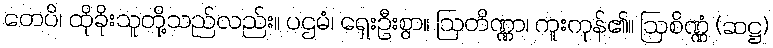
တေပိ၊ ထိုခိုးသူတို့သည်လည်း။ ပဌမံ၊ ရှေးဦးစွာ။ ဩတိဏ္ဏာ၊ ကူးကုန်၏။ ဩစိဏ္ဏံ (ဆဋ္ဌ)